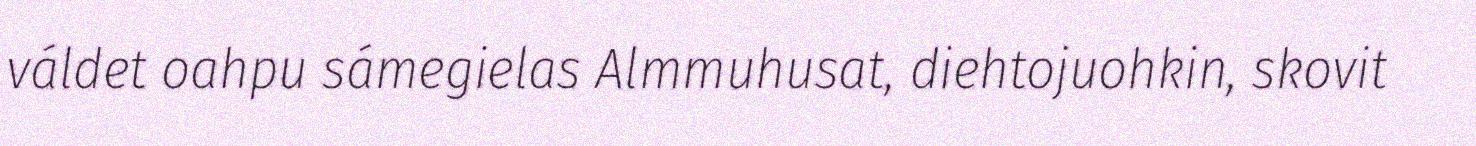
váldet oahpu sámegielas Almmuhusat, diehtojuohkin, skovit